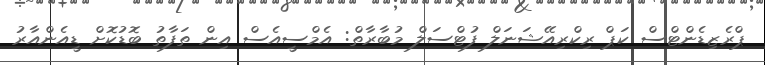
ޕްރެޒިޑެންޓްސް ކަޕް ރިކްރިއޭޝަނަލް ފުޓްސަލް މުބާރާތް: އެމްސީއެސް އިން ތަފާތު ބޮޑުކޮށް ޑީއެންއާރު